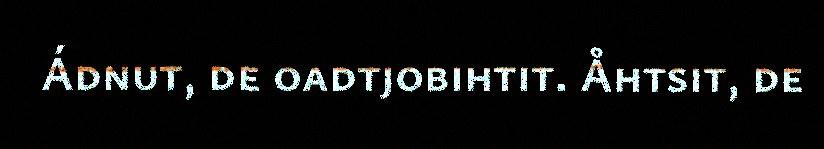
Ádnut, de oadtjobihtit. Åhtsit, de